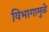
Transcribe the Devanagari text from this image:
विभागामुळे